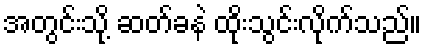
အတွင်းသို့ ဆတ်ခနဲ ထိုးသွင်းလိုက်သည်။